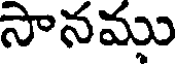
సానము